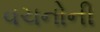
વચનોની